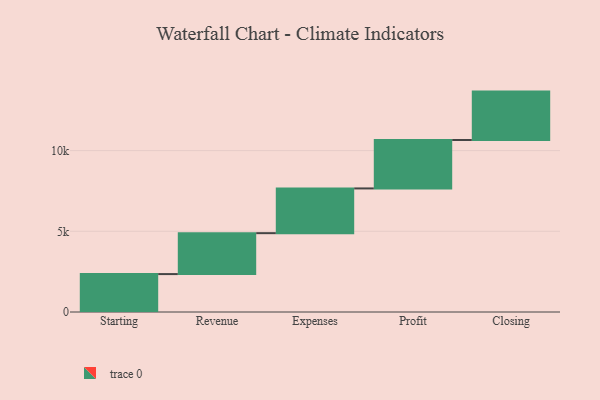
{"axis": {"x": "Step", "y": "Value"}, "legend": [""], "data": [{"x": "Starting", "y": 2350.0, "type": ""}, {"x": "Revenue", "y": 2535.0, "type": ""}, {"x": "Expenses", "y": 2772.0, "type": ""}, {"x": "Profit", "y": 3000, "type": ""}, {"x": "Closing", "y": 3000, "type": ""}]}